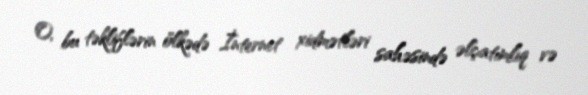
O, bu təkliflərin ölkədə İnternet xidmətləri sahəsində əlçatımlıq və